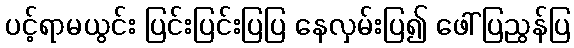
ပင့်ရာမယွင်း ပြင်းပြင်းပြပြ နေလှမ်းပြ၍ ဖေါ်ပြညွန်ပြ